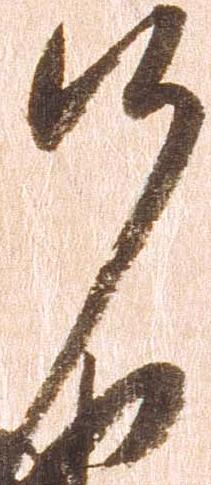
候